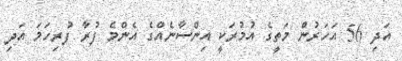
އަދި 56 އަހަރުން މަތީގެ އުމުރަކީ އިންސާނެއްގެ އެންމެ ފުރާ ފުރިހަމަ އަދި